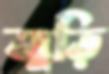
জুড়ি